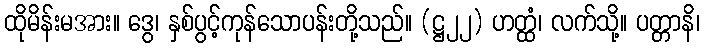
ထိုမိန်းမအား။ ဒွေ၊ နှစ်ပွင့်ကုန်သောပန်းတို့သည်။ (ဋ္ဌ၂၂) ဟတ္ထံ၊ လက်သို့။ ပတ္တာနိ၊